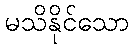
မသိနိုင်သော